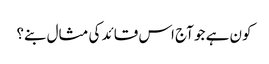
کون ہے جو آج اس قائد کی مثال بنے؟